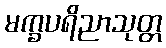
မက္ခပရိညာသုတ္တ